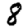
Digit: 8